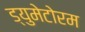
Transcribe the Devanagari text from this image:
ड्युमेटोरम